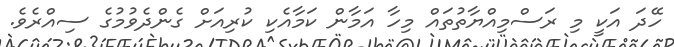
ހޭދަ އަކީ މި ރަސްމިއްޔާތުތައް މިހާ އަމާން ކަމާއެކި ކުރިއަށް ގެންދެވުމުގެ ސިއްރެވެ.